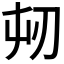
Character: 𭃔